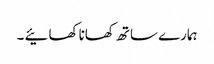
ہمارے ساتھ کھانا کھائیے ۔